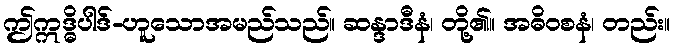
ဤဣဒ္ဓိပါဒ်-ဟူသောအမည်သည်။ ဆန္ဒာဒီနံ၊ တို့၏။ အဓိဝစနံ၊ တည်း။